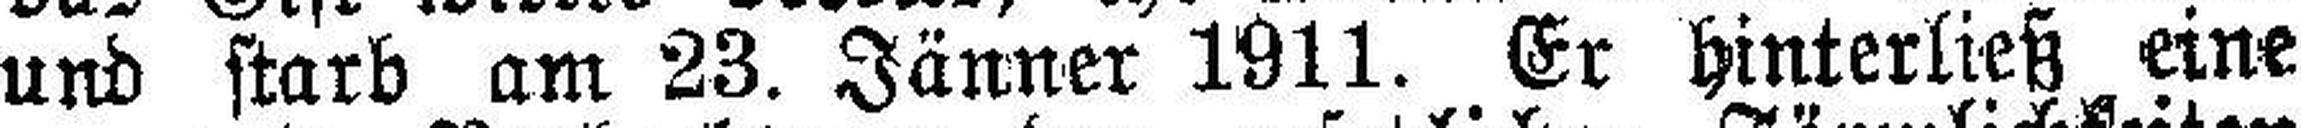
und starb am 23. Jänner 1911. Er hinterließ eine